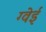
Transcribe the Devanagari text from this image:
ग्वेई